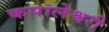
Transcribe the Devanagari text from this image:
कपालेश्वरी